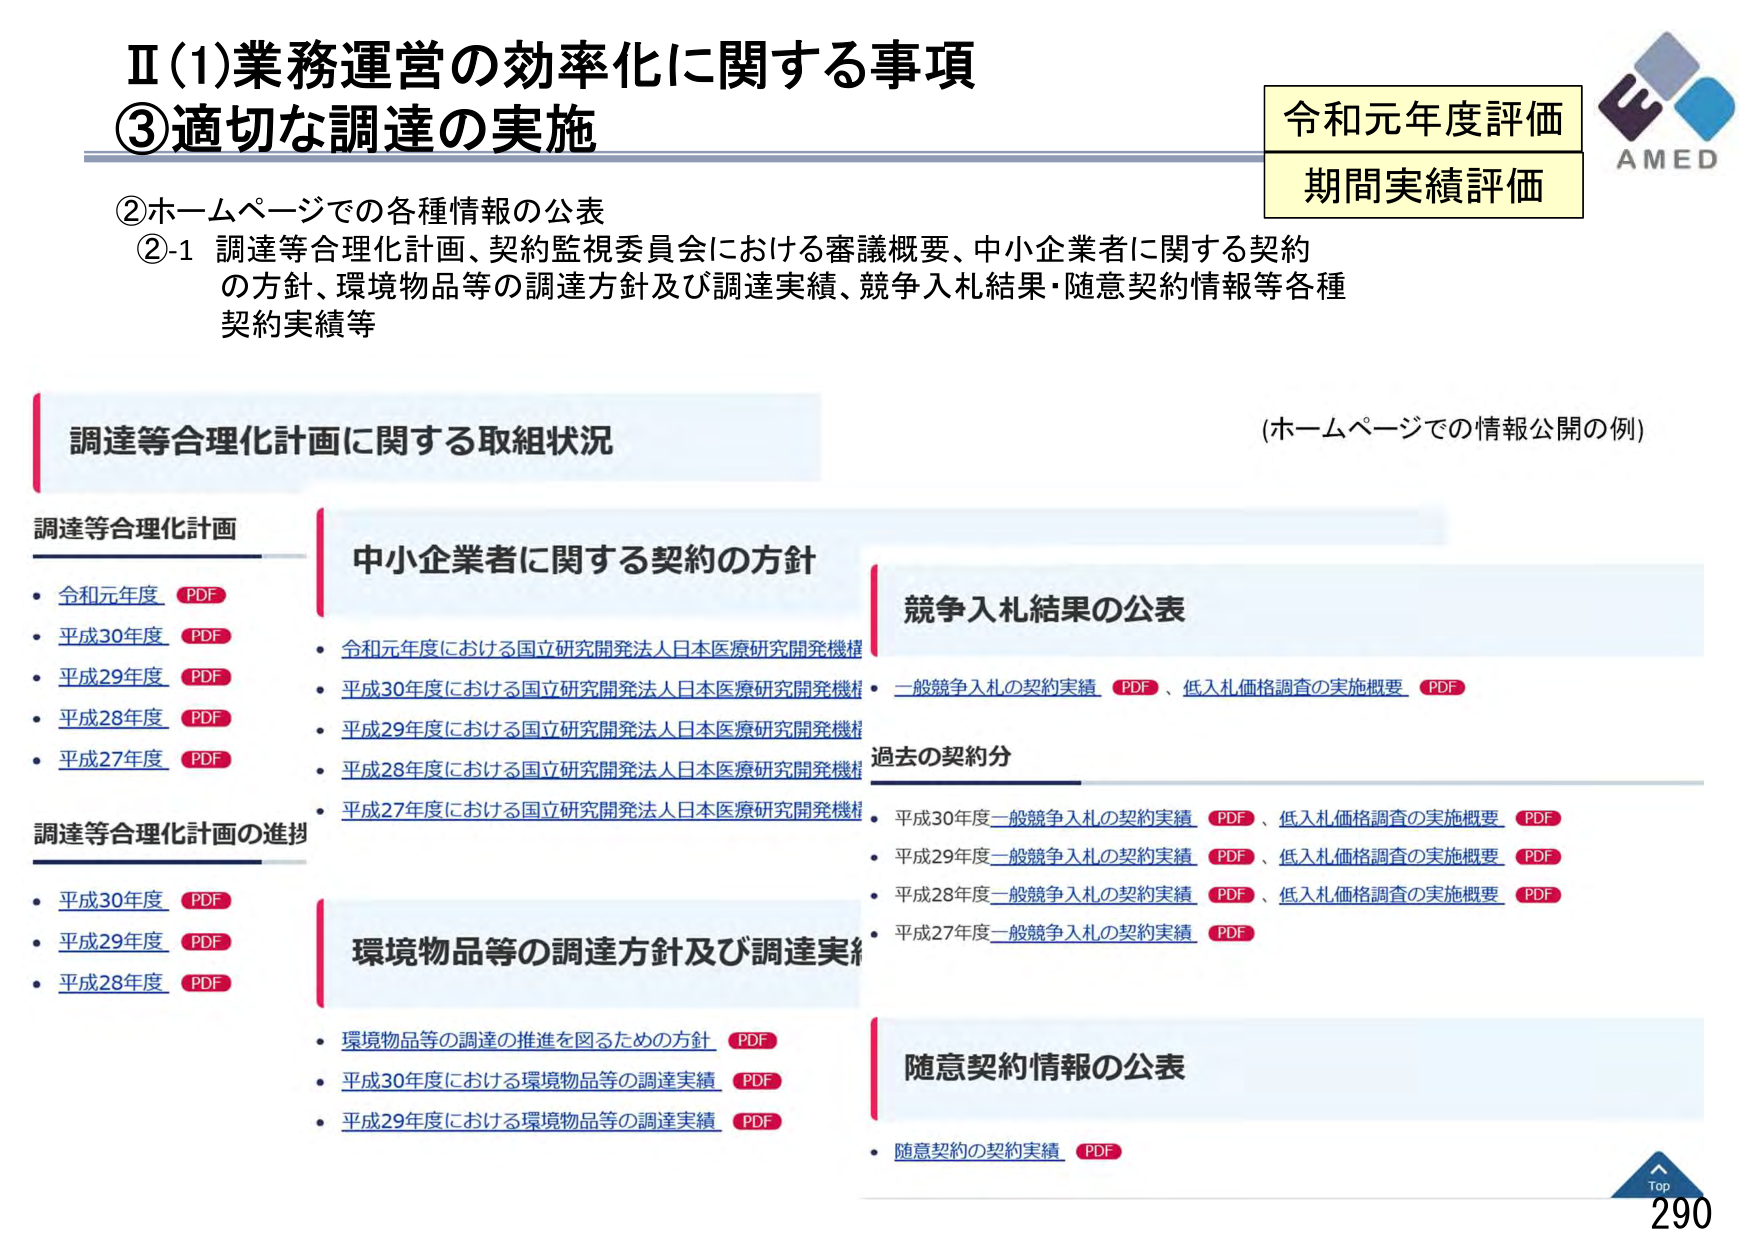
Ⅱ(1)業務運営の効率化に関する事項
③適切な調達の実施

②ホームページでの各種情報の公表
②-1 調達等合理化計画、契約監視委員会における審議概要、中小企業者に関する契約の方針、環境物品等の調達方針及び調達実績、競争入札結果・随意契約情報等各種契約実績等

令和元年度評価
期間実績評価

AMED

調達等合理化計画に関する取組状況
(ホームページでの情報公開の例)

調達等合理化計画
・令和元年度 PDF
・平成30年度 PDF
・平成29年度 PDF
・平成28年度 PDF
・平成27年度 PDF

調達等合理化計画の進捗
・平成30年度 PDF
・平成29年度 PDF
・平成28年度 PDF

中小企業者に関する契約の方針
・令和元年度における国立研究開発法人日本医療研究開発機構
・平成30年度における国立研究開発法人日本医療研究開発機構
・平成29年度における国立研究開発法人日本医療研究開発機構
・平成28年度における国立研究開発法人日本医療研究開発機構
・平成27年度における国立研究開発法人日本医療研究開発機構

競争入札結果の公表
・一般競争入札の契約実績 PDF、低入札価格調査の実施概要 PDF

過去の契約分
・平成30年度一般競争入札の契約実績 PDF、低入札価格調査の実施概要 PDF
・平成29年度一般競争入札の契約実績 PDF、低入札価格調査の実施概要 PDF
・平成28年度一般競争入札の契約実績 PDF、低入札価格調査の実施概要 PDF
・平成27年度一般競争入札の契約実績 PDF

環境物品等の調達方針及び調達実績
・環境物品等の調達の推進を図るための方針 PDF
・平成30年度における環境物品等の調達実績 PDF
・平成29年度における環境物品等の調達実績 PDF

随意契約情報の公表
・随意契約の契約実績 PDF

Top
290